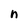
Character: n